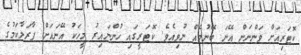
ކޮޓަރިއަށް ވަންނަން އޭނަ ބޭނުމެއް ނުވިއެވެ. ކޮޓަރީގައި ހުންނައިރު މީހަކު އޭނައަށް ފާރަލާކަމުގެ